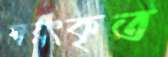
স্বয়ংকৃত